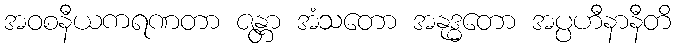
အဝစနီယကရဏတာ ဇန္တာ အံသတော အနုဒ္ဓတော အပ္ပဟီနာနီတိ